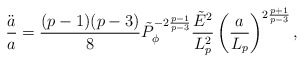
\begin{align*}{\ddot{a}\over a}={{(p-1)(p-3)}\over 8}\tilde{P}^{-2{{p-1}\over{p-3}}}_{\phi}{\tilde{E}^2\over L^2_p}\left({a\over L_p}\right)^{2{{p+1}\over{p-3}}},\end{align*}